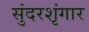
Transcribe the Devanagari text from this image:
सुंदरशृंगार